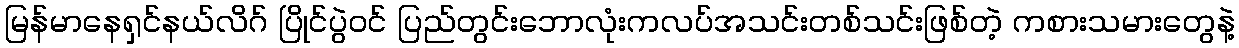
မြန်မာနေရှင်နယ်လိဂ် ပြိုင်ပွဲဝင် ပြည်တွင်းဘောလုံးကလပ်အသင်းတစ်သင်းဖြစ်တဲ့ ကစားသမားတွေနဲ့